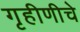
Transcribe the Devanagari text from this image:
गृहीणीचे